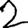
Digit: 2